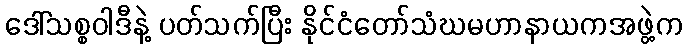
ဒေါ်သစ္စဝါဒီနဲ့ ပတ်သက်ပြီး နိုင်ငံတော်သံဃမဟာနာယကအဖွဲ့က